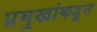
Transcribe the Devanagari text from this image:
प्रमुखांकडून